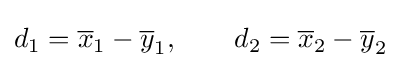
d_{1}={\overline {x}}_{1}-{\overline {y}}_{1},\qquad d_{2}={\overline {x}}_{2}-{\overline {y}}_{2}